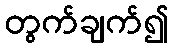
တွက်ချက်၍